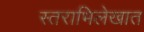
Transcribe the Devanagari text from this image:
स्तराभिलेखात